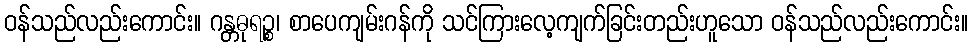
ဝန်သည်လည်းကောင်း။ ဂန္တဓုရဉ္စ၊ စာပေကျမ်းဂန်ကို သင်ကြားလေ့ကျက်ခြင်းတည်းဟူသော ဝန်သည်လည်းကောင်း။